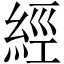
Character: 經